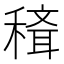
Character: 𥡒